Vaccination in the Punjab 1919-1929 - 1919-1929
Year: 1919
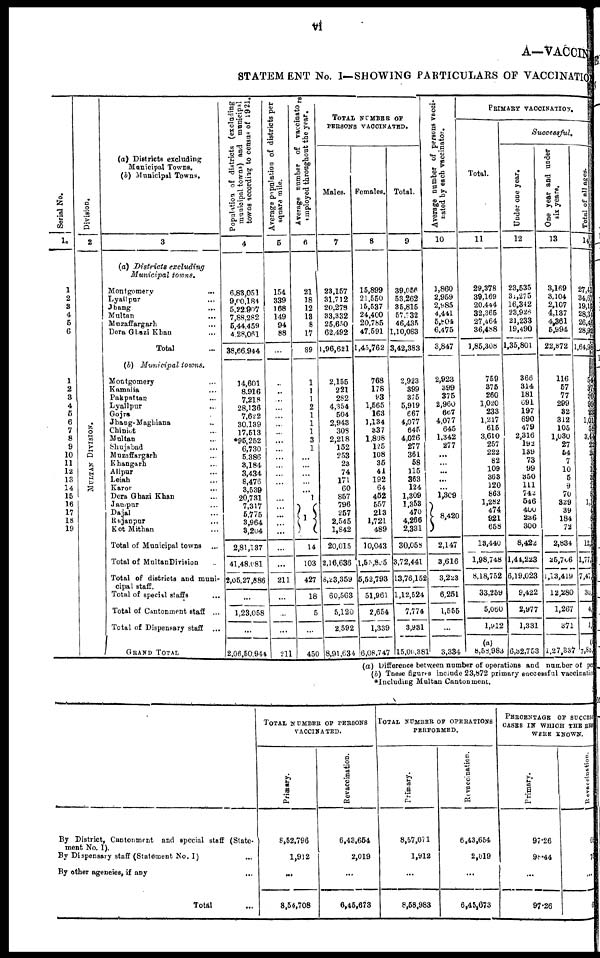
vi
A—VACCINE
STATEMENT No. I—SHOWING PARTICULARS OF VACCINATION
Serial No.
1
1
2
3
4
5
6
1
2
3
4
5
6
7
8
9
10
11
12
13
14
15
16
17
18
19
Division.
2
MULTAN DIVISION.
(a) Districts excluding
Municipal Towns.
(b) Municipal Towns.
3
(a) Districts
excluding
Municipal
towns.
Montgomery ...
Lyallpur ...
Jhang ...
Multan ...
Muzaffargarh ...
Dera Ghazi Khan ...
Total ...
(b) Municipal
towns.
Montgomery ...
Kamalia ...
Pakpattan ...
Lyallpur ...
Gojra ...
Jhang-Maghiana ...
Chiniot ...
Multan ...
Shujabad ...
Muzaffargarh ...
Khangarh ...
Alipur ...
Leiah ...
Karor ...
Dera Ghazi Khan ...
Jampur ...
Dajal ...
Rajanpur ...
Kot Mithan ...
Total of Municipal towns ...
Total of Multan Division ...
Total of districts and muni-
cipal staff.
Total of special staffs ...
Total of Cantonment staff ...
Total of Dispensary staff ...
GRAND TOTAL ...
Population of districts (excluding
municipal towns) and municipal
towns according to census of 1921.
4
6,83,051
9,00,184
5,22,907
7,88,282
5,44,459
4,28,061
38,66,944
14,601
8,916
7,218
28,136
7,622
30,139
17,513
*95,252
6,730
5,386
3,184
3,434
8,476
3,539
20,731
7,317
5,775
3,964
3,204
2,81,137
41,48,081
2,05,27,886
...
1,23,058
...
2,06,50,944
Average population of districts per
square mile.
5
154
339
168
149
94
88
...
...
...
...
...
...
...
...
...
...
...
...
...
...
...
...
...
...
... ...
...
...
211
...
...
...
211
Average number of vaccinators
employed throughout the year.
6
21
18
12
13
8
17
89
1
1
1
2
1
1
1
3
1
...
...
...
...
...
1
1
14
103
427
18
5
...
450
TOTAL NUMBER OF
PERSONS VACCINATED.
Males.
7
23,157
31,712
20,278
33,332
25,650
62,492
1,96,621
2,155
221
282
4,354
504
2,943
308
2,218
152
253
23
74
171
60
857
796
257
2,545
1,842
20,015
2,16,636
8,23,359
60,563
5,120
2,592
8,91,634
Females.
8
15,899
21,550
15,537
24,400
20,785
47,591
1,45,762
768
178
93
1,565
163
1,134
337
1,808
125
108
35
41
192
64
452
557
213
1,721
489
10,043
1,55,805
5,52,793
51,961
2,654
1,339
6,08,747
Total.
9
39,056
53,262
35,815
57,732
46,435
1,10,083
3,42,383
2,923
399
375
5,919
667
4,077
645
4,026
277
361
58
115
363
124
1,309
1,353
470
4,266
2,331
30,058
3,72,441
13,76,152
1,12,524
7,774
3,931
15,00,881
Average number of persons vacci-
nated by each vaccinator.
10
1,860
2,959
2,985
4,441
5,805 6,475
3,847
2,923
399
375
2,960
667
4,077
645
1,342
277
...
...
...
...
...
1,309
8,420
2,147
3,616
3,223
6,251
1,555
...
3,334
PRIMARY VACCINATION.
Total.
11
29,378
39,169
20,444
32,365
27,464 36,488
1,85,308
759
375
260
1,020
233
1,217
615
3,610
257
222
82
109
363
120
863
1,282
474
921 658
13,440
1,98,748
8,18,752
33,259
5,060
1,912
(a)
8,58,983
Successful.
Under one year.
12
23,535
31, 275
16,342
23,926
21,233
19,490
1,35,801
366
314 181
691 197
690
479
2,316 193
139 73
99
350
111
742
546
400
236
300
8,422
1,44,223
6,19,023
9,422
2,977
1,331
6,32,753
One year and under
six years.
13
3,169
3,104
2,107
4,137
4,361 5,994
22,872
116
57
77
299
32
312
105
1,030
27
54
7
10
5
9
70
329
39
184 72
2,834
25,706
1,13,419
12,280
1,267
371
1,27,337
Total of all ages.
14
27,41
34,67
19,15
28,34
26,46
28,92
1,64,98
54
374
260
95
23
1,01
58
3,44
22
21 8
13
3
1
8
1,1
...
...
...
12,
1,77,
7,47
30,
4,
1,
7,83,
(a) Difference between number of operations and number of pe
(b) These figures include 23,872 primary successful vaccinatio
*including Multan Cantonment.
By District, Cantonment and special staff (State-
ment No. I). ...
By Dispensary staff (Statement No. I) ...
By other agencies, if any ...
Total ...
TOTAL NUMBER OF PERSONS
VACCINATED.
Primary.
8,52,796
1,912
...
8,54,708
Revaccination.
6,43,654
2,019
...
6,45,673
TOTAL NUMBER OF OPERATIONS
PERFORMED.
Primary.
8,57,071
1,912
...
8,58,983
Revaccination.
6,43,654
2,019
...
6,45,673
PERCENTAGE OF SUCCESS
CASES IN WHICH THE RES
WERE KNOWN.
Primary.
97.26
98.44
...
97.26
Revaccination.
69
75
...
6